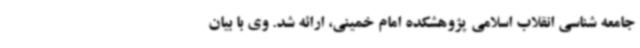
جامعه شناسی انقلاب اسلامی پژوهشکده امام خمینی، ارائه شد. وی با بیان